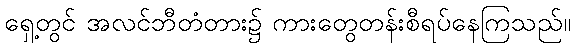
ရှေ့တွင် အလင်ဘီတံတား၌ ကားတွေတန်းစီရပ်နေကြသည်။